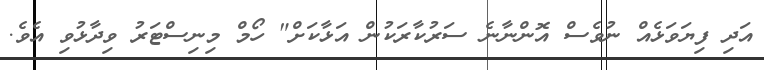
އަދި ފިޔަވަޅެއް ނުވެސް އޮންނާނެ ސަރުކާރަކުން އަޅާކަށް" ހޯމް މިނިސްޓަރު ވިދާޅުވި އެވެ.